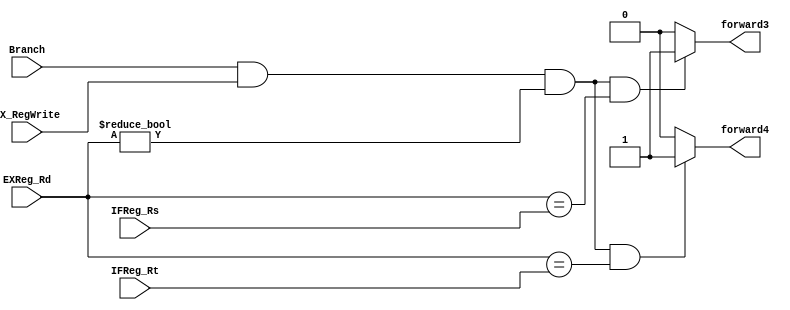
`timescale 1ns / 1ps
//////////////////////////////////////////////////////////////////////////////////
// Company: 
// Engineer: 
// 
// Design Name: 
// Module Name: Forward Unit2
// Project Name: 
// Target Devices: 
// Tool Versions: 
// Description: 
// 
// Dependencies: 
// 
// Revision:
// Revision 0.01 - File Created
// Additional Comments:
// 
//////////////////////////////////////////////////////////////////////////////////


module ForwardUnit2( input [4:0] IFReg_Rs,IFReg_Rt,EXReg_Rd,
                     input Branch,EX_RegWrite,
                     output reg forward3,forward4
      );
        always@(*)
         begin
          if(Branch && EX_RegWrite && (EXReg_Rd !=0 ) && (EXReg_Rd == IFReg_Rs)) forward3 = 1'b1;
          else forward3 = 1'b0;
        
          if(Branch && EX_RegWrite && (EXReg_Rd !=0 ) && (EXReg_Rd == IFReg_Rt)) forward4 = 1'b1;
          else forward4 = 1'b0;
     end  

                /*input [4:0] IFReg_Rs,IFReg_Rt,EXReg_Rd,MemReg_Rd,
                    input Branch,Mem_MemRead,
                    output  reg [1:0] ForwardA,ForwardB

    );
              always@(*) begin
                   if (Branch
                       && (IFReg_Rs == EXReg_Rd))          ForwardA = 2'b01;              // R->beq,Rs
                       else if (Branch && Mem_MemRead
                       && (IFReg_Rs == MemReg_Rd))         ForwardA = 2'b10;              //lw->beq,Rs
                            else ForwardA <= 2'b00 ;
                   if (Branch
                       && (IFReg_Rt == EXReg_Rd))          ForwardB = 2'b01;              //R->beq,Rt
                       else if (Branch && Mem_MemRead
                       && (IFReg_Rt == MemReg_Rd))         ForwardB = 2'b10;              //lw->beq,Rt
                            else  ForwardB <= 2'b00 ;
              end*/
endmodule